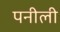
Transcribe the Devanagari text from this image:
पनीली